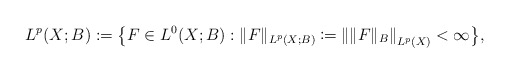
\begin{align*}L^{p}(X;B):=\big\{F\in L^0(X;B):\|F\|_{L^{p}(X;B)} \coloneqq \left\|\|F\|_B\right\|_{L^{p}(X)}<\infty\big\},\end{align*}